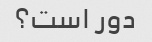
دور است؟